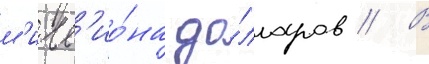
м'илл'ио́на до́лларов // В